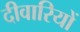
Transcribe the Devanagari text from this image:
दीवारियों